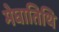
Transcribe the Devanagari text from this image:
मेघातिथि